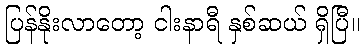
ပြန်နိုးလာတော့ ငါးနာရီ နှစ်ဆယ် ရှိပြီ။